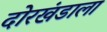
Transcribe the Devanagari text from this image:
दोरखंडाला